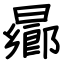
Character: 曏